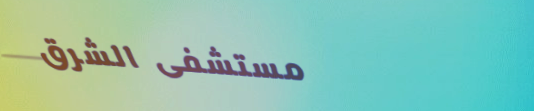
مستشفى الشرق